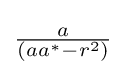
{\textstyle {\frac {a}{(aa^{*}-r^{2})}}}